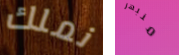
نملك منبهر